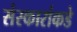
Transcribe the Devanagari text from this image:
संस्कारांकडे